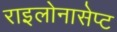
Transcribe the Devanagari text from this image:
राइलोनासेप्ट